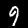
Digit: 9